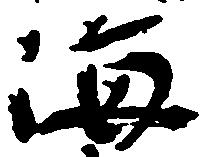
海